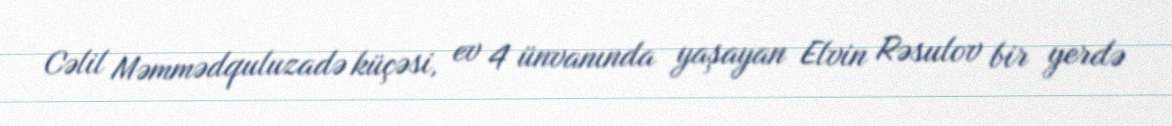
Cəlil Məmmədquluzadə küçəsi, ev 4 ünvanında yaşayan Elvin Rəsulov bir yerdə